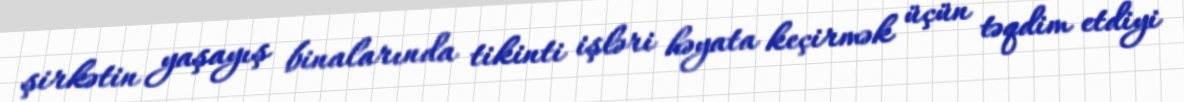
şirkətin yaşayış binalarında tikinti işləri həyata keçirmək üçün təqdim etdiyi